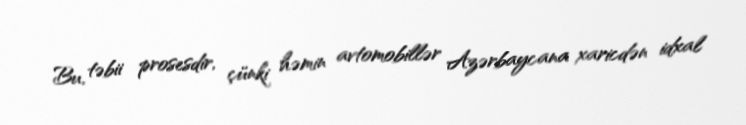
Bu, təbii prosesdir, çünki həmin avtomobillər Azərbaycana xaricdən idxal